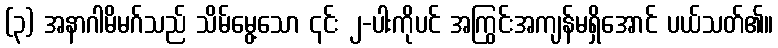
(၃) အနာဂါမိမဂ်သည် သိမ်မွေ့သော ၎င်း ၂-ပါးကိုပင် အကြွင်းအကျန်မရှိအောင် ပယ်သတ်၏။